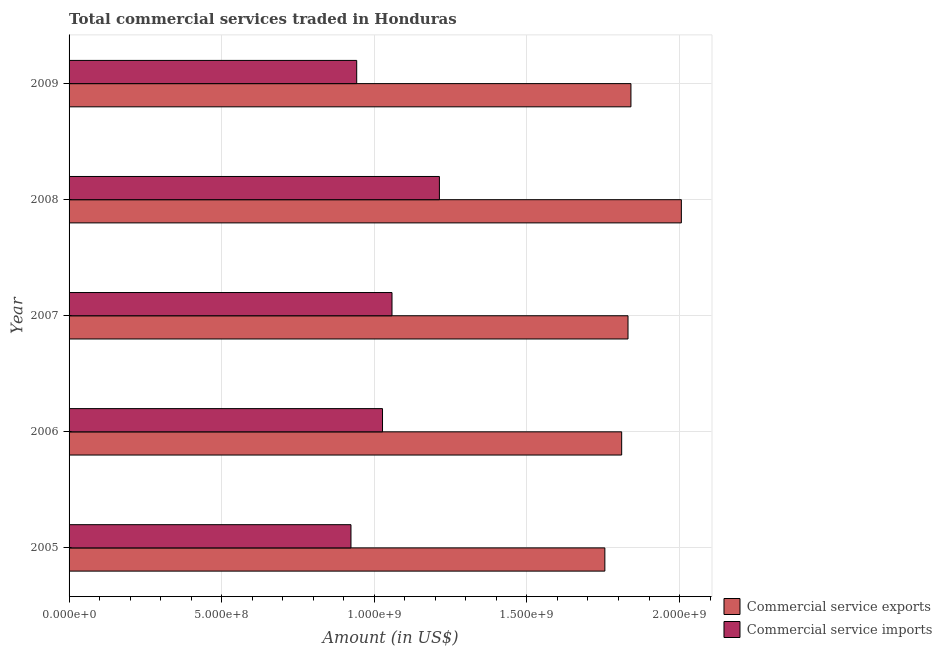
| Year | Commercial service exports | Commercial service imports |
 | --- | --- | --- |
 | 2005 | 1.76e+09 | 9.24e+08 |
 | 2006 | 1.81e+09 | 1.03e+09 |
 | 2007 | 1.83e+09 | 1.06e+09 |
 | 2008 | 2.01e+09 | 1.21e+09 |
 | 2009 | 1.84e+09 | 9.42e+08 |